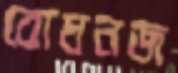
বোধনজ